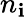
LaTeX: n_{\mathbf{i}}